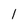
Character: 1